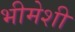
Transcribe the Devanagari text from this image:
भीमेशी